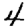
Digit: 4